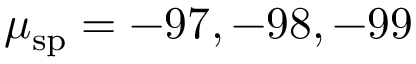
\mu _ { \mathrm { s p } } = - 9 7 , - 9 8 , - 9 9